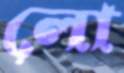
লো